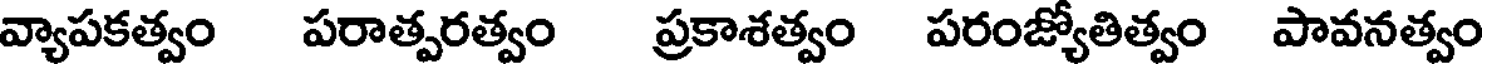
వ్యాపకత్వం పరాత్పరత్వం ప్రకాశత్వం పరంజ్యోతిత్వం పావనత్వం